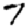
Digit: 7